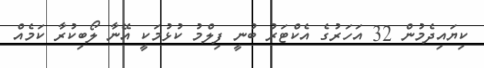
ކިޔައިދެމުން 32 އަހަރުގެ އެކްޓަރު ބުނީ ފިލްމު ކުޅުމަކީ އޭނާ ލޯބިކުރާ ކަމެއް